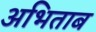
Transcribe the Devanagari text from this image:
अभिताब